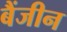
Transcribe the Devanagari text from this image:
बैंजीन